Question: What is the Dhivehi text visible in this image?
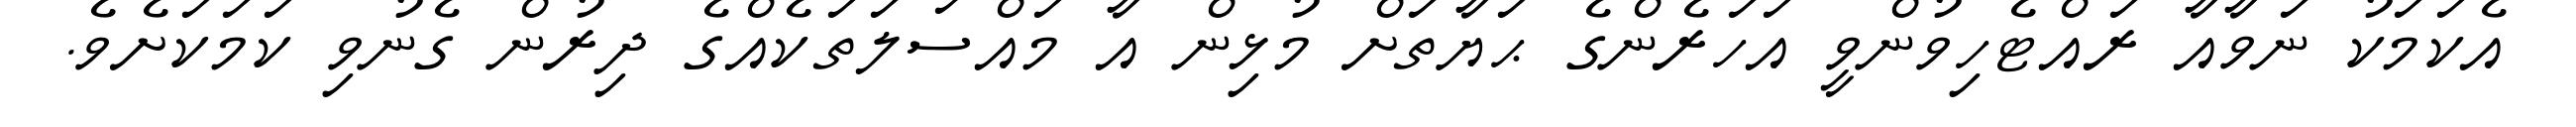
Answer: އެކަމަކު ނަވާއާ ރައްޓެހިވުންވީ އަހަރެންގެ ޙަޔާތަށް މުޅިން އާ މައްސަލަތަކެއްގެ ދިރުން ގެނުވި ކަމަކަށެވެ.